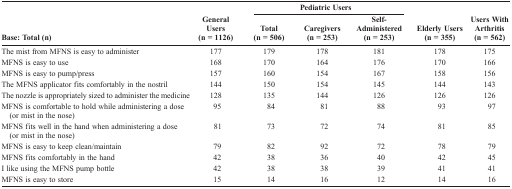
<table><thead><tr><td></td><td></td><td colspan="3"><b>Pediatric Users</b></td><td></td><td></td></tr><tr><td><b>Base: Total (n)</b></td><td><b>General Users (n = 1126)</b></td><td><b>Total (n = 506)</b></td><td><b>Caregivers (n = 253)</b></td><td><b>Self-Administered (n = 253)</b></td><td><b>Elderly Users (n = 355)</b></td><td><b>Users With Arthritis (n = 562)</b></td></tr></thead><tbody><tr><td>The mist from MFNS is easy to administer</td><td>177</td><td>179</td><td>178</td><td>181</td><td>178</td><td>175</td></tr><tr><td>MFNS is easy to use</td><td>168</td><td>170</td><td>164</td><td>176</td><td>170</td><td>166</td></tr><tr><td>MFNS is easy to pump/press</td><td>157</td><td>160</td><td>154</td><td>167</td><td>158</td><td>156</td></tr><tr><td>The MFNS applicator fits comfortably in the nostril</td><td>144</td><td>150</td><td>154</td><td>145</td><td>144</td><td>143</td></tr><tr><td>The nozzle is appropriately sized to administer the medicine</td><td>128</td><td>135</td><td>144</td><td>126</td><td>126</td><td>126</td></tr><tr><td>MFNS is comfortable to hold while administering a dose (or mist in the nose)</td><td>95</td><td>84</td><td>81</td><td>88</td><td>93</td><td>97</td></tr><tr><td>MFNS fits well in the hand when administering a dose (or mist in the nose)</td><td>81</td><td>73</td><td>72</td><td>74</td><td>81</td><td>85</td></tr><tr><td>MFNS is easy to keep clean/maintain</td><td>79</td><td>82</td><td>92</td><td>72</td><td>78</td><td>79</td></tr><tr><td>MFNS fits comfortably in the hand</td><td>42</td><td>38</td><td>36</td><td>40</td><td>42</td><td>45</td></tr><tr><td>I like using the MFNS pump bottle</td><td>42</td><td>38</td><td>38</td><td>39</td><td>41</td><td>41</td></tr><tr><td>MFNS is easy to store</td><td>15</td><td>14</td><td>16</td><td>12</td><td>14</td><td>16</td></tr></tbody></table>